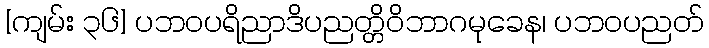
[ကျမ်း ၃၆] ပဘဝပရိညာဒိပညတ္တိဝိဘာဂမုခေန၊ ပဘဝပညတ်